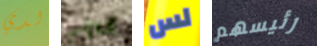
لدي أخبرني لس رئيسهم